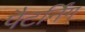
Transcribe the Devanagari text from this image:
पैटर्निंग